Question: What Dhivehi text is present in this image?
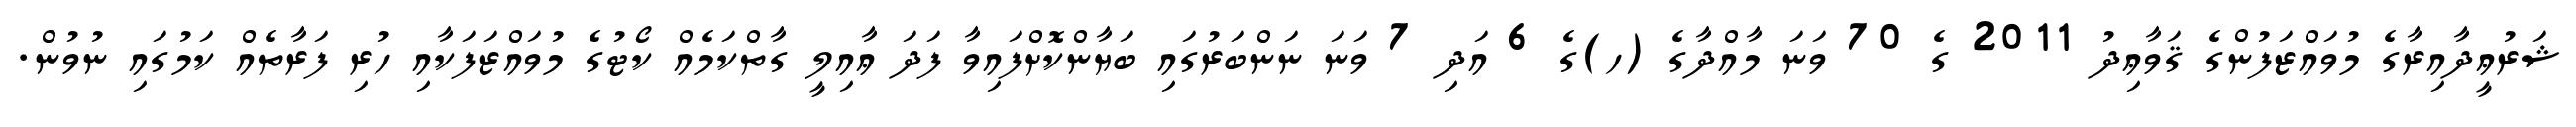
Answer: ޝަރުޢީދާއިރާގެ މުވައްޒަފުންގެ ޤަވާޢިދު 2011 ގެ 70 ވަނަ މާއްދާގެ (ހ)ގެ 6 އަދި 7 ވަނަ ނަންބަރުގައި ބަޔާންކޮށްފައިވާ ފަދަ ޢާއިލީ ގާތްކަމެއް ކޯޓުގެ މުވައްޒަފަކާއި ހުރި ފަރާތެއް ކަމުގައި ނުވުން.